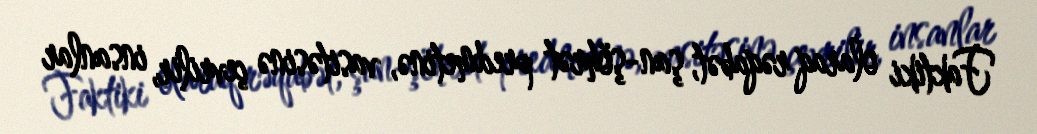
Faktiki olaraq rəqabət, şan-şöhrət predmetinə, vasitəsinə çevrilir, insanlar